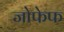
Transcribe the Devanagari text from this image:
जोफेफ